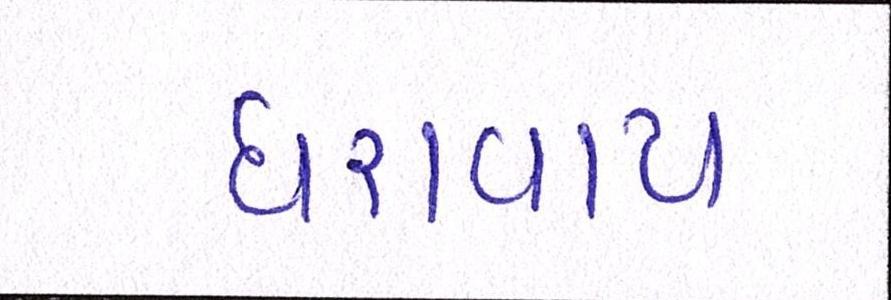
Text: ધરાવાય